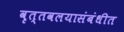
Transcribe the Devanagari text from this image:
वृत्तवलयासंबंधीत